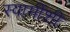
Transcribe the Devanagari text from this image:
स्वामींशी